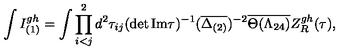
\int I _ { ( 1 ) } ^ { g h } = \int \prod _ { i < j } ^ { 2 } d ^ { 2 } \tau _ { i j } ( \det { \mathrm { I m } \tau } ) ^ { - 1 } ( \overline { { \Delta _ { ( 2 ) } } } ) ^ { - 2 } \overline { { \Theta ( \Lambda _ { 2 4 } ) } } Z _ { R } ^ { g h } ( \tau ) ,